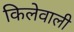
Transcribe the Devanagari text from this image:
किलेवाली